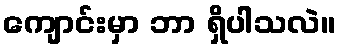
ကျောင်းမှာ ဘာ ရှိပါသလဲ။